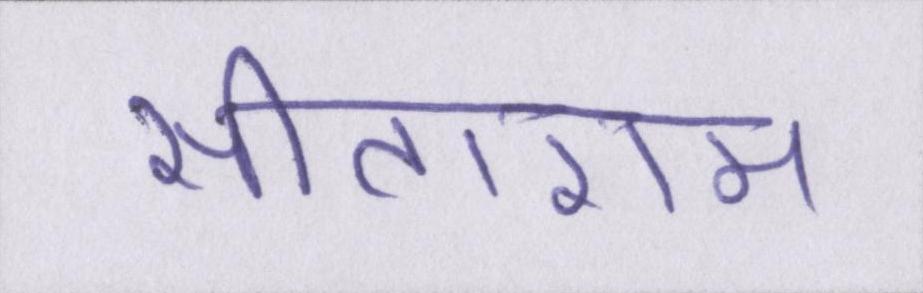
सीताराम